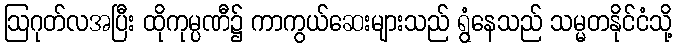
ဩဂုတ်လအပြီး ထိုကုမ္ပဏီ၌ ကာကွယ်ဆေးများသည် ရွံနေသည် သမ္မတနိုင်ငံသို့